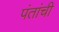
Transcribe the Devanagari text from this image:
पंतांची